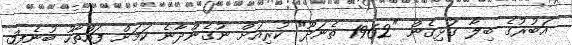
އަބުރުގެ ބިލާ ގުޅިގެން "1962 ތެނަދޫ" ކުރިއަށް ނުގެންދާނެ ކަމަށް ފައްތާހު ބުނެފި3